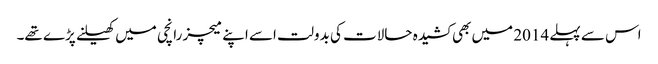
اس سے پہلے 2014 میں بھی کشیدہ حالات کی بدولت اسے اپنے میچز رانچی میں کھیلنے پڑے تھے۔